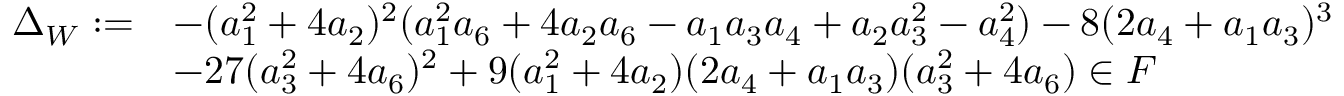
\begin{array} { r l } { \Delta _ { W } : = } & { - ( a _ { 1 } ^ { 2 } + 4 a _ { 2 } ) ^ { 2 } ( a _ { 1 } ^ { 2 } a _ { 6 } + 4 a _ { 2 } a _ { 6 } - a _ { 1 } a _ { 3 } a _ { 4 } + a _ { 2 } a _ { 3 } ^ { 2 } - a _ { 4 } ^ { 2 } ) - 8 ( 2 a _ { 4 } + a _ { 1 } a _ { 3 } ) ^ { 3 } } \\ & { - 2 7 ( a _ { 3 } ^ { 2 } + 4 a _ { 6 } ) ^ { 2 } + 9 ( a _ { 1 } ^ { 2 } + 4 a _ { 2 } ) ( 2 a _ { 4 } + a _ { 1 } a _ { 3 } ) ( a _ { 3 } ^ { 2 } + 4 a _ { 6 } ) \in F } \end{array}